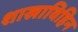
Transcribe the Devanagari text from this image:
शाखाविहिन